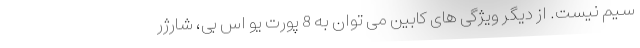
سیم نیست. از دیگر ویژگی های کابین می توان به 8 پورت یو اس بی، شارژر